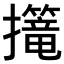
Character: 𢹈